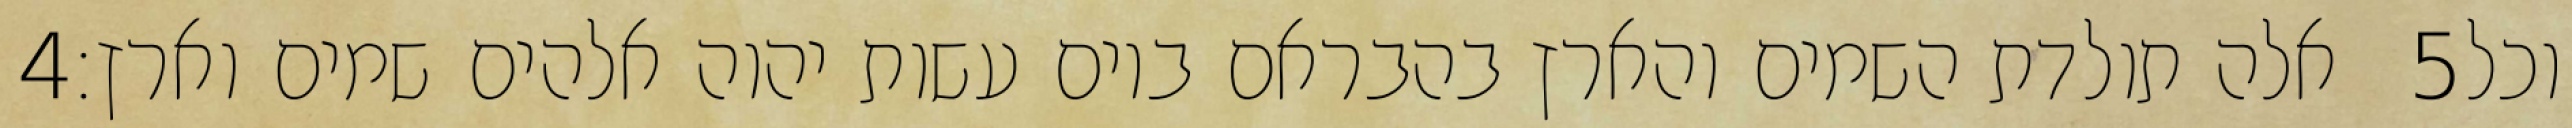
‎4‏ אלה תולדת השמים והארץ בהבראם ביום עשות יהוה אלהים שמים וארץ׃ ‎5‏ וכל